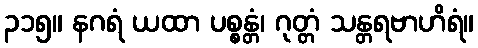
၃၁၅။ နဂရံ ယထာ ပစ္စန္တံ၊ ဂုတ္တံ သန္တရဗာဟိရံ။